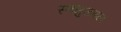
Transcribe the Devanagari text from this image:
स्वभुजबल